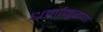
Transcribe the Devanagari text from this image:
धर्मानुराण